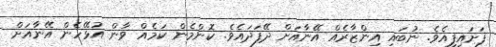
ފަށައިފިއެވެ. ނުބައި އިންޒާރެއް އޭނާއަށް ދޭފަދައެވެ. ކޮންމެން ކަމެއް ވާން އުޅޭހެން އޭނާއަށް